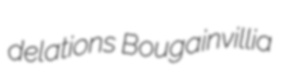
delations Bougainvillia